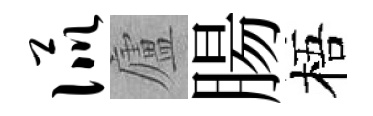
侃廬腸梧